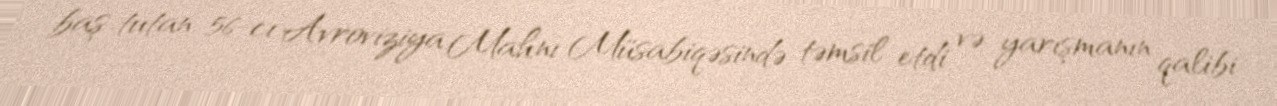
baş tutan 56-cı Avroviziya Mahnı Müsabiqəsində təmsil etdi və yarışmanın qalibi